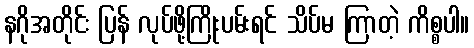
နဂိုအတိုင်း ပြန် လုပ်ဖို့ကြိုးပမ်းရင် သိပ်မ ကြာတဲ့ ကိစ္စပါ။